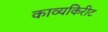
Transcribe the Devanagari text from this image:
काव्यकिरीट